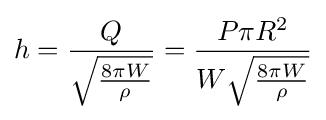
h={Q \over {\sqrt {8\pi W \over \rho }}}={P\pi R^{2} \over W{\sqrt {8\pi W \over \rho }}}